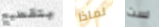
بتقطيع لماذا لست